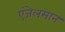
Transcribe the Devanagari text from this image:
एंजेलमान